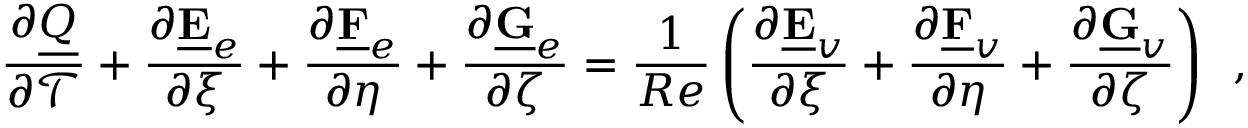
\frac { \partial \underline { { Q } } } { \partial \mathcal { T } } + \frac { \partial \underline { { \mathbf { E } } } _ { e } } { \partial \xi } + \frac { \partial \underline { { \mathbf { F } } } _ { e } } { \partial \eta } + \frac { \partial \underline { { \mathbf { G } } } _ { e } } { \partial \zeta } = \frac { 1 } { R e } \left( \frac { \partial \underline { { \mathbf { E } } } _ { v } } { \partial \xi } + \frac { \partial \underline { { \mathbf { F } } } _ { v } } { \partial \eta } + \frac { \partial \underline { { \mathbf { G } } } _ { v } } { \partial \zeta } \right) \, \mathrm { ~ , ~ }